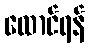
ထောင်ရန်